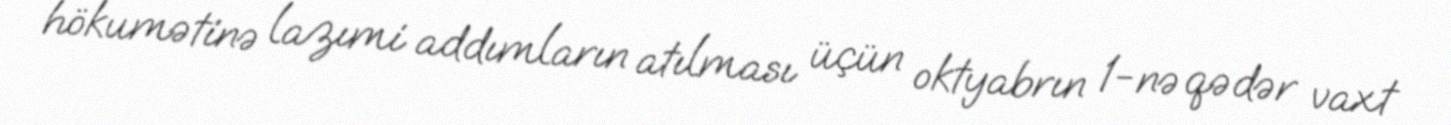
hökumətinə lazımi addımların atılması üçün oktyabrın 1-nə qədər vaxt